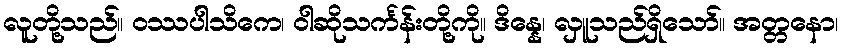
လူတို့သည်။ ဝဿပါသိကေ၊ ဝါဆိုသင်္ကန်းတို့ကို။ ဒိန္နေ၊ လှူသည်ရှိသော်။ အတ္တနော၊